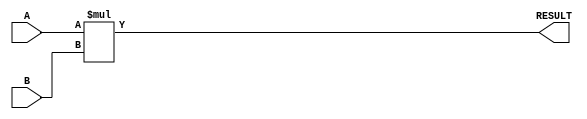
module parameterized_multiplier #(
    parameter WIDTH_A = 8,  // Bit-width of input A
    parameter WIDTH_B = 8,  // Bit-width of input B
    parameter WIDTH_OUT = WIDTH_A + WIDTH_B  // Bit-width of output RESULT
)(
    input signed [WIDTH_A-1:0] A,  // First input operand
    input signed [WIDTH_B-1:0] B,  // Second input operand
    output reg signed [WIDTH_OUT-1:0] RESULT  // Output result
);

    // Internal logic for multiplication
    always @(*) begin
        RESULT = A * B;  // Perform multiplication
    end

endmodule